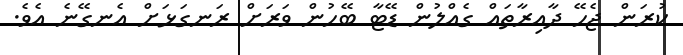
ކުރަން ޖެހޭ ދާއިރާތައް ގެއްލުން ޑޭޓާ ބޭހުން ވަރަށް ރަނގަޅަށް އެނގޭނެ އެވެ.